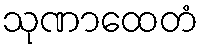
သုဏာထေတံ